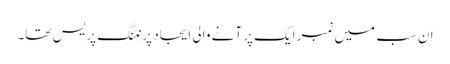
ان سب میں نمبر ایک پر آنے والی ایجاد پرنٹنگ پریس تھا۔